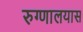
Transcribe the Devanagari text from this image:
रुग्णालयास